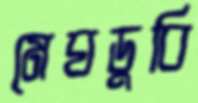
মেঘডুবি